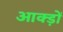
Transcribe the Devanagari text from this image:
आक्ड़ों